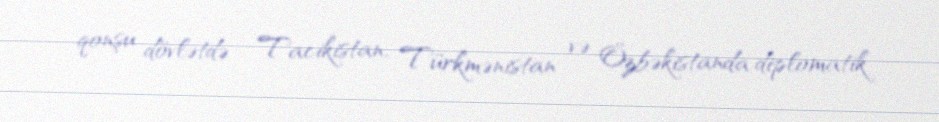
qonşu dövlətdə - Tacikistan, Türkmənistan və Özbəkistanda diplomatik